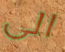
الى